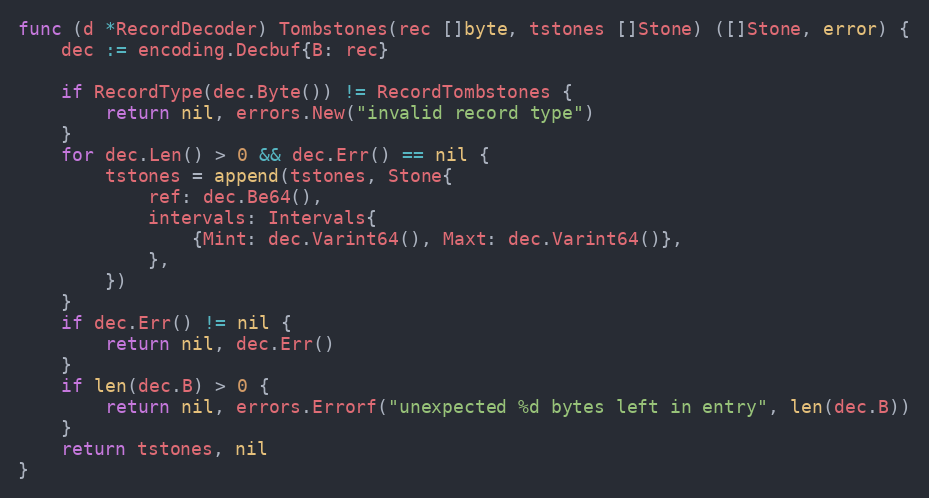
Language: Go
func (d *RecordDecoder) Tombstones(rec []byte, tstones []Stone) ([]Stone, error) {
	dec := encoding.Decbuf{B: rec}

	if RecordType(dec.Byte()) != RecordTombstones {
		return nil, errors.New("invalid record type")
	}
	for dec.Len() > 0 && dec.Err() == nil {
		tstones = append(tstones, Stone{
			ref: dec.Be64(),
			intervals: Intervals{
				{Mint: dec.Varint64(), Maxt: dec.Varint64()},
			},
		})
	}
	if dec.Err() != nil {
		return nil, dec.Err()
	}
	if len(dec.B) > 0 {
		return nil, errors.Errorf("unexpected %d bytes left in entry", len(dec.B))
	}
	return tstones, nil
}